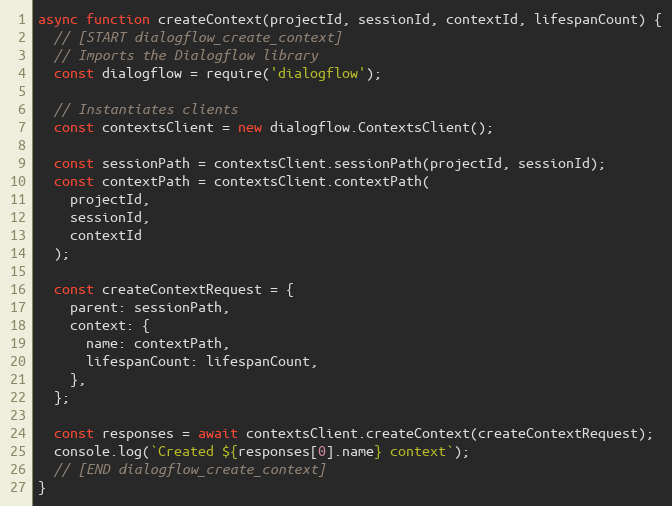
Language: JavaScript
async function createContext(projectId, sessionId, contextId, lifespanCount) {
  // [START dialogflow_create_context]
  // Imports the Dialogflow library
  const dialogflow = require('dialogflow');

  // Instantiates clients
  const contextsClient = new dialogflow.ContextsClient();

  const sessionPath = contextsClient.sessionPath(projectId, sessionId);
  const contextPath = contextsClient.contextPath(
    projectId,
    sessionId,
    contextId
  );

  const createContextRequest = {
    parent: sessionPath,
    context: {
      name: contextPath,
      lifespanCount: lifespanCount,
    },
  };

  const responses = await contextsClient.createContext(createContextRequest);
  console.log(`Created ${responses[0].name} context`);
  // [END dialogflow_create_context]
}